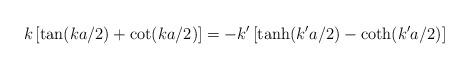
LaTeX: \begin{align*}k\left[\tan(ka/2)+\cot(ka/2)\right]=- k'\left[\tanh(k'a/2)-\coth(k'a/2)\right]\end{align*}